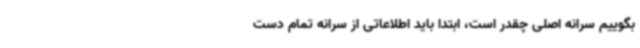
بگوییم سرانه اصلی چقدر است، ابتدا باید اطلاعاتی از سرانه تمام دست